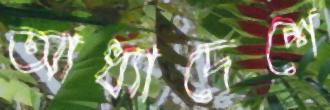
আধ্যাদেশে